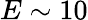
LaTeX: E\sim 10